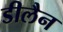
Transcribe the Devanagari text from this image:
डीलैन